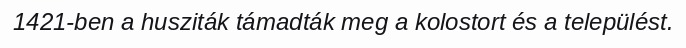
1421-ben a husziták támadták meg a kolostort és a települést.